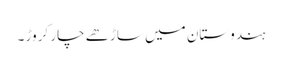
ہندوستان میں ساڑھے چار کروڑ ۔